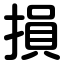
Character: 損